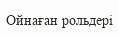
Ойнаған рольдері